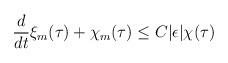
LaTeX: \begin{align*}\dfrac{d}{dt} \xi_m(\tau)+\chi_m(\tau)\leq C |\epsilon|\chi(\tau)\end{align*}